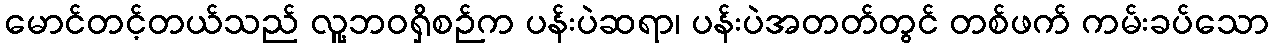
မောင်တင့်တယ်သည် လူ့ဘဝရှိစဉ်က ပန်းပဲဆရာ၊ ပန်းပဲအတတ်တွင် တစ်ဖက် ကမ်းခပ်သော